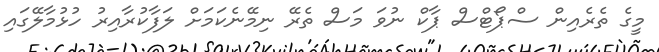
މީގެ ތެރެއިން ސްޕޯޓްސް ޕާކް ނުވަ މަސް ތެރޭ ނިމޭނެކަމަށް ލަފާކުރާއިރު ހުޅުމާލޭގައި